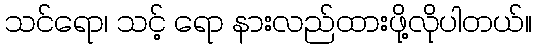
သင်ရော၊ သင့် ရော နားလည်ထားဖို့လိုပါတယ်။